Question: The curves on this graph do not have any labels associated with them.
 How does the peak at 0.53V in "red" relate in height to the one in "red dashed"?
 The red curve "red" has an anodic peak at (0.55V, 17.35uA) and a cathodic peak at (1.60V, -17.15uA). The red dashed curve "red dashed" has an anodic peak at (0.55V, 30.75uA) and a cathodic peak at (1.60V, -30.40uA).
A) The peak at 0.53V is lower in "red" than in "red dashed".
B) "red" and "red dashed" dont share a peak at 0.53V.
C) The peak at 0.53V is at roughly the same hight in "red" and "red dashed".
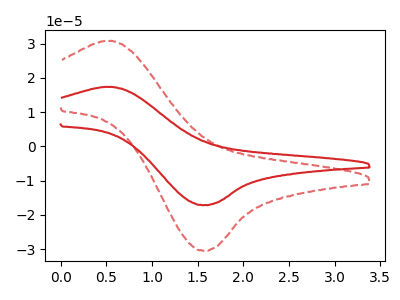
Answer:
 <answer>A) The peak at 0.53V is lower in "red" than in "red dashed".</answer>
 <eval>A</eval>